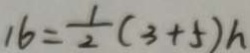
1 6 = \frac { 1 } { 2 } ( 3 + 5 ) h